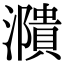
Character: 濻